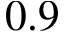
0 . 9